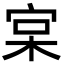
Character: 宲